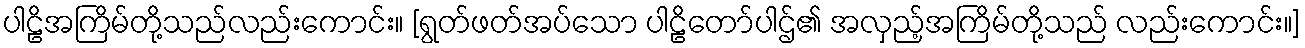
ပါဠိအကြိမ်တို့သည်လည်းကောင်း။ [ရွတ်ဖတ်အပ်သော ပါဠိတော်ပါဌ်၏ အလှည့်အကြိမ်တို့သည် လည်းကောင်း။]